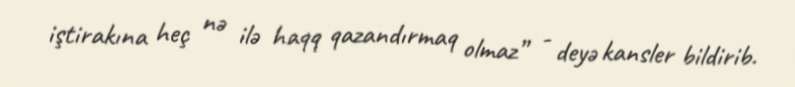
iştirakına heç nə ilə haqq qazandırmaq olmaz” - deyə kansler bildirib.